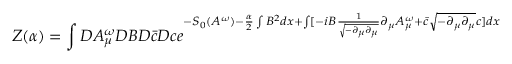
Z ( \alpha ) = \int { \cal D } A _ { \mu } ^ { \omega } { \cal D } B { \cal D } \bar { c } { \cal D } c e ^ { - S _ { 0 } ( A ^ { \omega } ) - \frac { \alpha } { 2 } \int B ^ { 2 } d x + \int [ - i B \frac { 1 } { \sqrt { - \partial _ { \mu } \partial _ { \mu } } } \partial _ { \mu } A _ { \mu } ^ { \omega } + \bar { c } \sqrt { - \partial _ { \mu } \partial _ { \mu } } c ] d x }